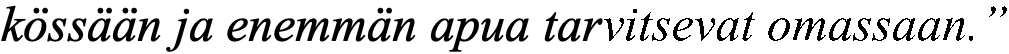
kössään ja enemmän apua tarvitsevat omassaan.”